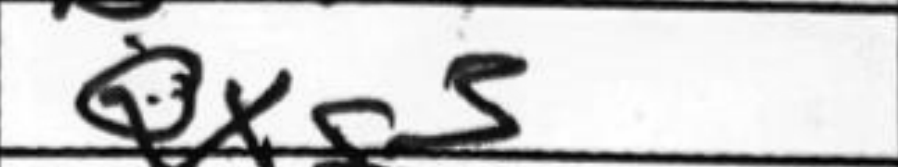
Transcription: Qxg3